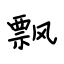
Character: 飘